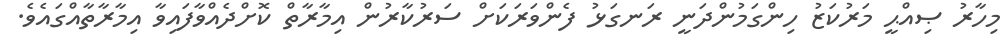
މިހާރު ޞިއްޙީ މަރުކަޒު ހިންގަމުންދަނީ ރަނގަޅު ފެންވަރަކަށް ސަރުކާރުން އިމާރާތް ކޮށްދެއްވާފައިވާ އިމާރާތާއްގައެވެ.